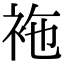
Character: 袘